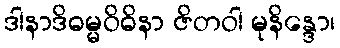
ဒါနာဒိဓမ္မဝိဓိနာ ဇိတဝါ မုနိန္ဒော၊